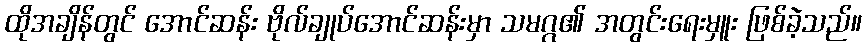
ထိုအချိန်တွင် အောင်ဆန်း ဗိုလ်ချုပ်အောင်ဆန်းမှာ သမဂ္ဂ၏ အတွင်းရေးမှူး ဖြစ်ခဲ့သည်။